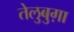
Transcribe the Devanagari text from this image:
तेलुबुग़ा